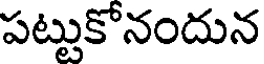
పట్టుకోనందున